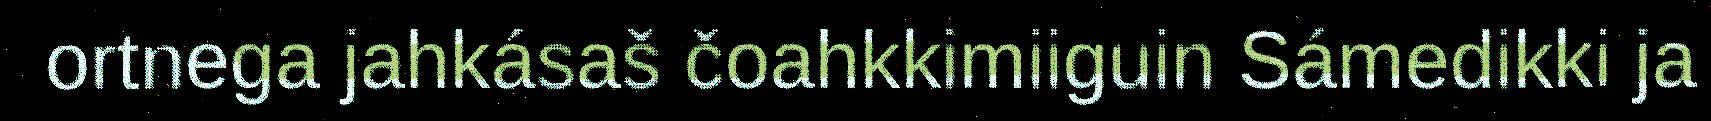
ortnega jahkásaš čoahkkimiiguin Sámedikki ja